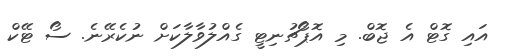
އައި ގޮޓް އެ ޖޮބް. މި އޮޕޯޗުނިޓީ ގެއްލުވާލާކަށް ނުކެރޭނެ. ސޯ ޓޭކް